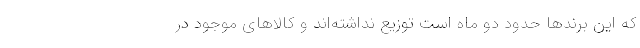
که این برندها حدود دو ماه است توزیع نداشته‌اند و کالاهای موجود در